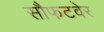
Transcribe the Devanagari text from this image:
सौफटवेर